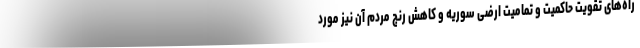
راه‌های تقویت حاکمیت و تمامیت ارضی سوریه و کاهش رنج مردم آن نیز مورد